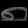
Digit: ၈